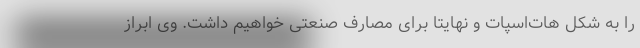
را به شکل هات‌اسپات و نهایتا برای مصارف صنعتی خواهیم داشت. وی ابراز